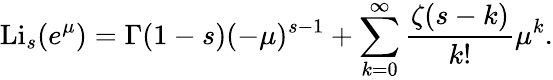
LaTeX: \operatorname{Li}_{s}(e^{\mu})=\Gamma(1-s)(-\mu)^{s-1}+\sum_{k=0}^{\infty}{\frac{\zeta(s-k)}{k!}}\mu^{k}.